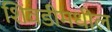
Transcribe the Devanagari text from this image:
शिवडीमधील